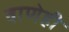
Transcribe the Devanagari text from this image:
वाणेही